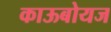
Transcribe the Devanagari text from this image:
काऊबोयज